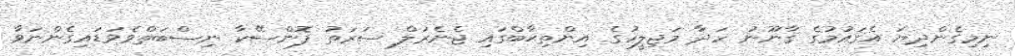
ނިމިގެންދިޔަ އެޤައުމުގެ ޤާނޫނު ހަދާ މަޖިލީހުގެ އިންތިޙާބްގައި ޖެނެރަލް ސަރަތު ފޮންސޭކާ ނިސްބަތްވެވަޑައިގެންނަވާ